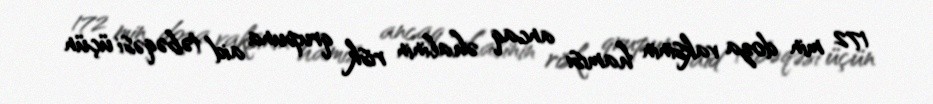
172 min doza vaksinin hamısı ancaq əhalinin risk qrupuna aid təbəqəsi üçün